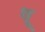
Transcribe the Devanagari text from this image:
थ़्रू